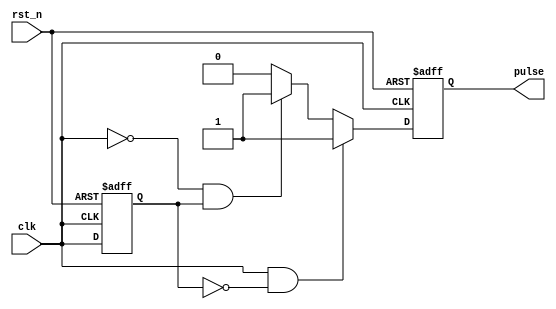
module pulse_edge_detector (
    input wire clk,           // Input signal (clk)
    input wire rst_n,         // Active-low reset
    output reg pulse          // Output pulse
);

    reg prev_state;           // Register to store previous state of clk

    // Always block for edge detection
    always @(posedge clk or negedge rst_n) begin
        if (!rst_n) begin
            prev_state <= 0;  // Initialize prev_state on reset
            pulse <= 0;       // Initialize pulse on reset
        end else begin
            // Edge detection logic
            if (clk && !prev_state) begin
                // Rising edge detected
                pulse <= 1;    // Generate pulse on rising edge
            end else if (!clk && prev_state) begin
                // Falling edge detected
                pulse <= 1;    // Generate pulse on falling edge
            end else begin
                pulse <= 0;     // No edge, set pulse low
            end
            
            // Update previous state
            prev_state <= clk;
        end
    end

endmodule